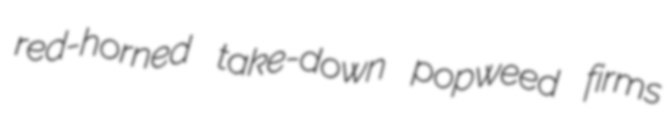
red-horned take-down popweed firms